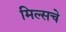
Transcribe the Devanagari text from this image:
मिल्सचे